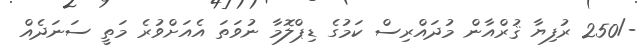
-/250 ރުފިޔާ ޤުރްއާން މުދައްރިސް ކަމުގެ ޑިޕްލޮމާ ނުވަތަ އެއަށްވުރެ މަތީ ސަނަދެއް